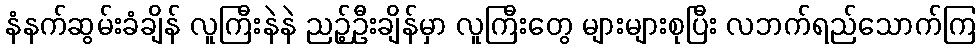
နံနက်ဆွမ်းခံချိန် လူကြီးနဲနဲ ညဉ့်ဦးချိန်မှာ လူကြီးတွေ များများစုပြီး လဘက်ရည်သောက်ကြ